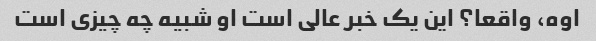
اوه، واقعا؟ این یک خبر عالی است او شبیه چه چیزی است